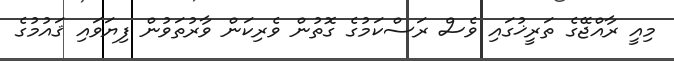
މިއީ ރާއްޖޭގެ ތަރީޚުގައި ވެސް ރަސްކަމުގެ ގޮތުން ވެރިކަން ވާރުތަވުން ފިޔަވައި ޤައުމުގެ